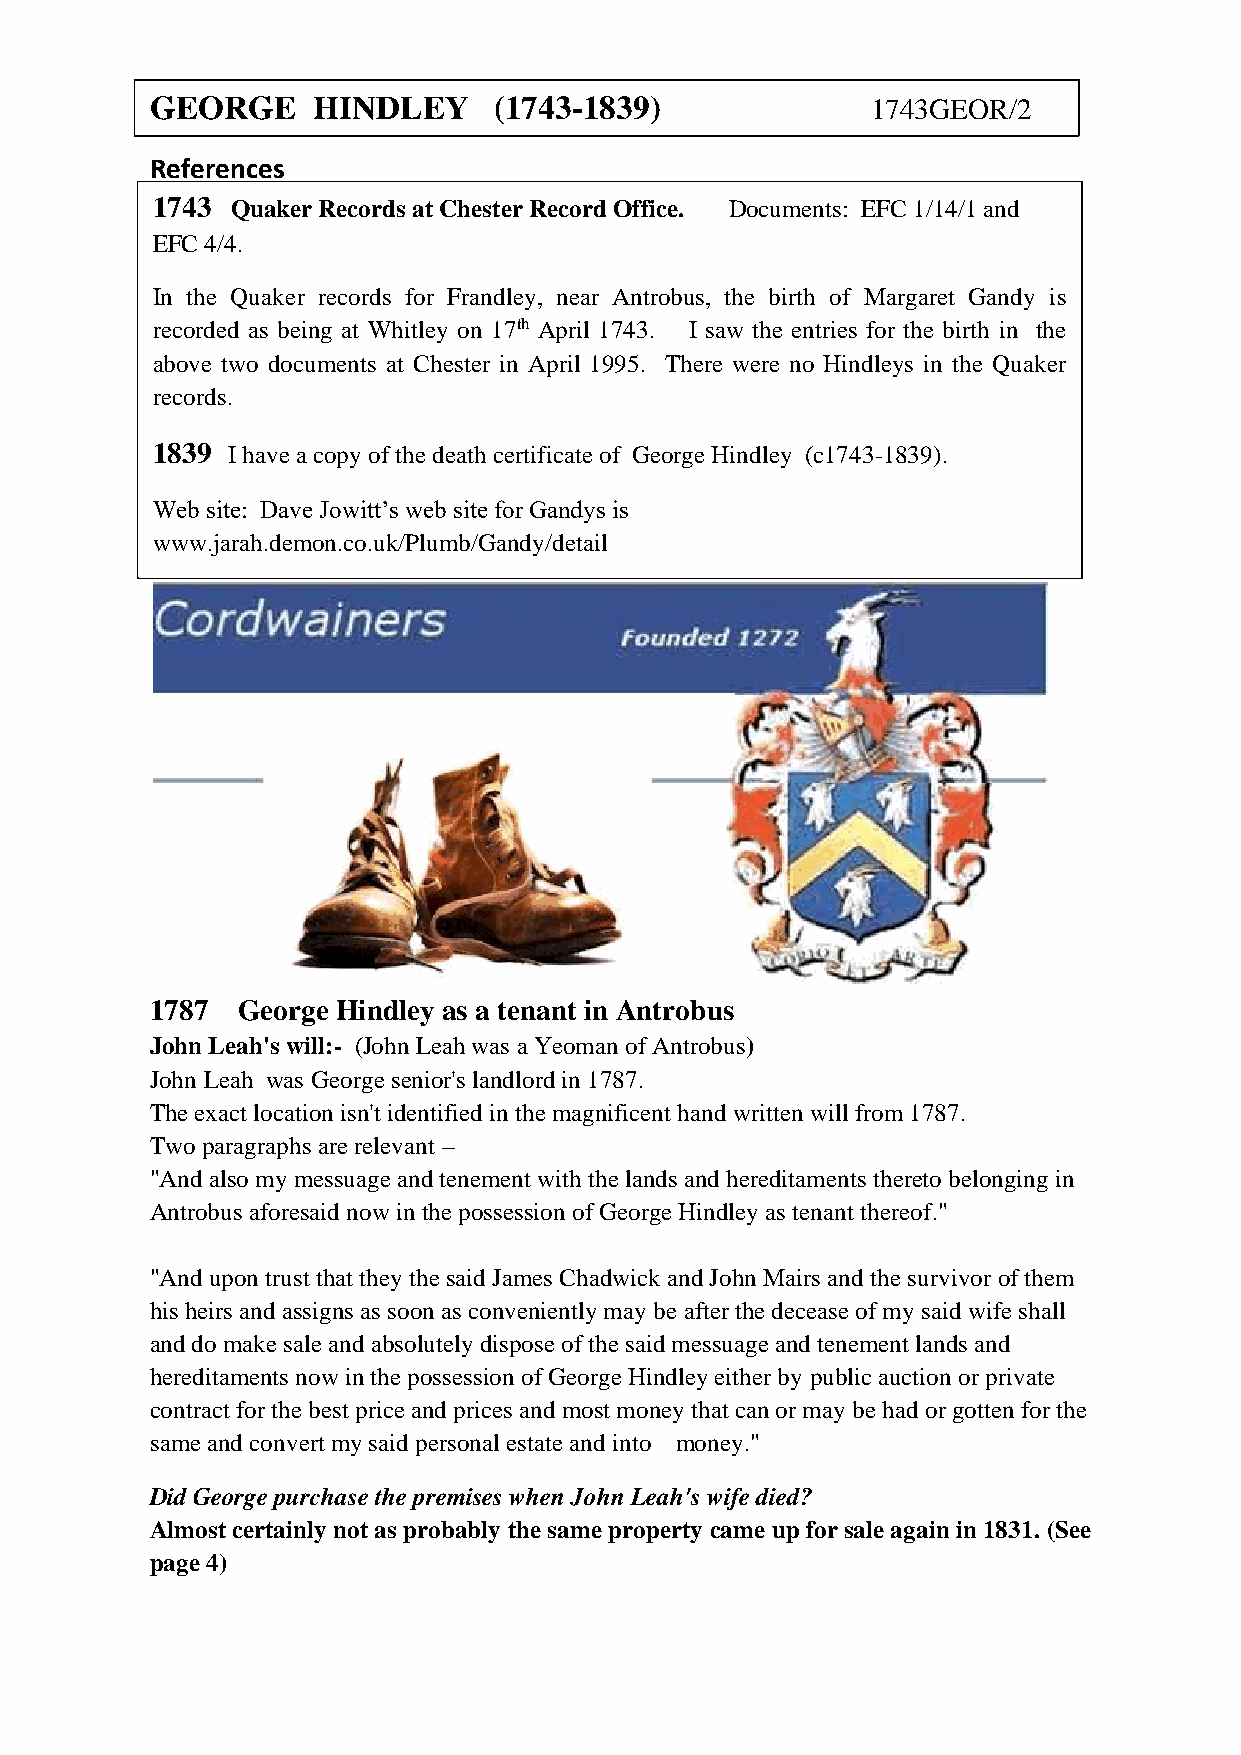
GEORGE     HINDLEY     (1743-1839)              1743GEOR/2
 R eferences
 1743 Quaker Records at Chester Record Office. Documents: EFC 1/14/1 and
 EFC 4/4.
 In the Quaker records for Frandley, near Antrobus, the birth of Margaret Gandy is
 recorded as being at Whitley on 17th April 1743. I saw the entries for the birth in the
 above two documents at Chester in April 1995. There were no Hindleys in the Quaker
 records.
 1839 I have a copy of the death certificate of George Hindley (c1743-1839).
 Web site: Dave Jowitt’s web site for Gandys is
 www.jarah.demon.co.uk/Plumb/Gandy/detail
 1787  George Hindley as a tenant in Antrobus
 John Leah's will:- (John Leah was a Yeoman of Antrobus)
 John Leah was George senior's landlord in 1787.
 The exact location isn't identified in the magnificent hand written will from 1787.
 Two paragraphs are relevant –
 "And also my messuage and tenement with the lands and hereditaments thereto belonging in
 Antrobus aforesaid now in the possession of George Hindley as tenant thereof."
 "And upon trust that they the said James Chadwick and John Mairs and the survivor of them
 his heirs and assigns as soon as conveniently may be after the decease of my said wife shall
 and do make sale and absolutely dispose of the said messuage and tenement lands and
 hereditaments now in the possession of George Hindley either by public auction or private
 contract for the best price and prices and most money that can or may be had or gotten for the
 same and convert my said personal estate and into money."
 Did George purchase the premises when John Leah's wife died?
 Almost certainly not as probably the same property came up for sale again in 1831. (See
 page 4)